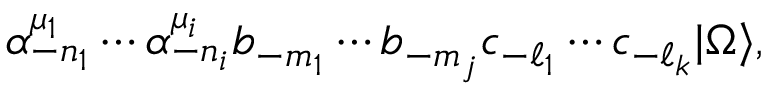
\alpha _ { - n _ { 1 } } ^ { \mu _ { 1 } } \cdots \alpha _ { - n _ { i } } ^ { \mu _ { i } } b _ { - m _ { 1 } } \cdots b _ { - m _ { j } } c _ { - \ell _ { 1 } } \cdots c _ { - \ell _ { k } } | \Omega \rangle ,